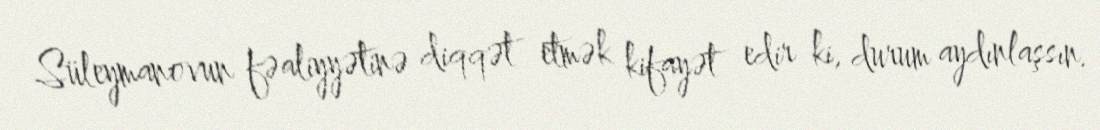
Süleymanovun fəaliyyətinə diqqət etmək kifayət edir ki, durum aydınlaşsın.